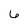
Character: 6